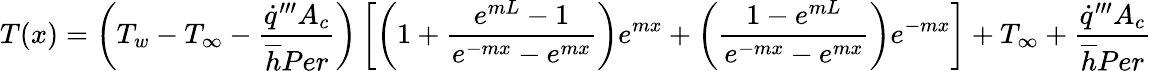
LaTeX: T(x)=\left(T_{w}-T_{\infty}-\frac{\dot{q}^{\prime\prime\prime}A_{c}}{\overline{{h}}Per}\right)\left[\left(1+\frac{e^{mL}-1}{e^{-mx}-e^{mx}}\right)e^{mx}+\left(\frac{1-e^{mL}}{e^{-mx}-e^{mx}}\right)e^{-mx}\right]+T_{\infty}+\frac{\dot{q}^{\prime\prime\prime}A_{c}}{\overline{{h}}Per}